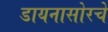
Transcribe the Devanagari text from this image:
डायनासोरचे